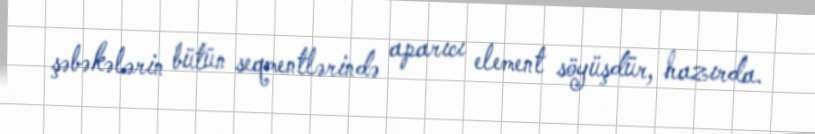
şəbəkələrin bütün seqmentlərində aparıcı element söyüşdür, hazırda.